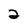
Character: 2